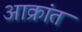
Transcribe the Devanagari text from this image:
अाक्रांत